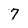
Character: 7